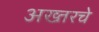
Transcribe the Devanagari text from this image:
अख्तरचे